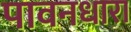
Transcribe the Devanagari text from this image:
पावनधारा